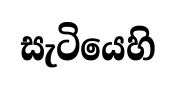
සැටියෙහි